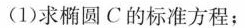
(1)求椭圆C的标准方程；